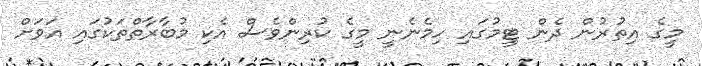
މީގެ އިތުރުން ދެން ޓީމުގައި ހިމެނެނީ މީގެ ކުރިންވެސް އެކި މުބާރާތްތަކުގައި އަވަށް